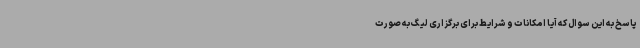
پاسخ به این سوال که آیا امکانات و شرایط برای برگزاری لیگ به صورت